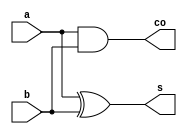
/*
 * \file halfAdder.v 
 * \author Jorge Castro-Godinez <jorge.castro-godinez@kit.edu>
 * Chair for Embedded Systems (CES)
 * Karlsruhe Institute of Technology (KIT), Germany
 * Prof. Dr. Joerg Henkel
 *
 * \brief Verilog implementation of a Half Adder (HA) 
 *
 */

module halfAdder (
    input a, 
    input b,
    output s,
    output co
	);

	// sum calculation
	assign s = a ^ b;
	//carry output array calculation
	assign co = a & b;

endmodule

/*
 * \file fullAdder.v 
 * \author Jorge Castro-Godinez <jorge.castro-godinez@kit.edu>
 * Chair for Embedded Systems (CES)
 * Karlsruhe Institute of Technology (KIT), Germany
 * Prof. Dr. Joerg Henkel
 *
 * \brief Verilog implementation of a Full Adder (FA) 
 *
 */

module fullAdder (
		input a, 
		input b,
		input ci,
		output s,
		output co
	);

	wire p,g;

	// propagation signal
	xor (p,a,b);
	// generation signal
	and (g,a,b);

	// sum calculation
	assign s = p ^ ci;
	//carry output array calculation
	assign co = g | (p & ci);

endmodule


module WT_8b(
    output [15:0] S,
    input [7:0] A, B
  );
  
  wire s00,s01,s02,s03,s04,s05,s06,s07,s10,s11,s12,s13,s14,s15,s16,s17,s20,s21,s22,s23,s24,s25,s26,s27,s30,s31,s32,s33,s34,s35,s36,s37,s40,s41,s42,s43,s44,s45,s46,s47,s50,s51,s52,s53,s54,s55,s56,s57,s60,s61,s62,s63,s64,s65,s66,s67,s70,s71,s72,s73,s74,s75,s76,s77;
  
  wire k01,k02,k03,k04,k05,k06,k07,k08,k09,k10,k11,k12,k13,k14,k15,k16,k17,k18,k19,k20,k21,k22,k23,k24,k25,k26,k27,k28,k29,k30,k31,k32,k33,k34,k35,k36,k37,k38,k39,k40,k41,k42,k43,k44,k45,k46,k47,k48,k49,k50,k51,k52,k53,k54,k55,k56,k57,k58,k59,k60,k61,k62,k63,k64,k65,k66,k67,k68;
  
  wire c01,c02,c03,c04,c05,c06,c07,c08,c09,c10,c11,c12,c13,c14,c15,c16,c17,c18,c19,c20,c21,c22,c23,c24,c25,c26,c27,c28,c29,c30,c31,c32,c33,c34,c35,c36,c37,c38,c39,c40,c41,c42,c43,c44,c45,c46,c47,c48,c49,c50,c51,c52,c53,c54,c55,c56,c57,c58,c59,c60,c61,c62,c63,c64,c65,c66,c67,c68;

  // Partial product generation
  assign s00 = A[0] & B[0];
  assign s10 = A[1] & B[0];
  assign s20 = A[2] & B[0];
  assign s30 = A[3] & B[0];
  assign s40 = A[4] & B[0];
  assign s50 = A[5] & B[0];
  assign s60 = A[6] & B[0];
  assign s70 = A[7] & B[0];

  assign s01 = A[0] & B[1];
  assign s11 = A[1] & B[1];
  assign s21 = A[2] & B[1];
  assign s31 = A[3] & B[1];
  assign s41 = A[4] & B[1];
  assign s51 = A[5] & B[1];
  assign s61 = A[6] & B[1];
  assign s71 = A[7] & B[1];

  assign s02 = A[0] & B[2];
  assign s12 = A[1] & B[2];
  assign s22 = A[2] & B[2];
  assign s32 = A[3] & B[2];
  assign s42 = A[4] & B[2];
  assign s52 = A[5] & B[2];
  assign s62 = A[6] & B[2];
  assign s72 = A[7] & B[2];

  assign s03 = A[0] & B[3];
  assign s13 = A[1] & B[3];
  assign s23 = A[2] & B[3];
  assign s33 = A[3] & B[3];
  assign s43 = A[4] & B[3];
  assign s53 = A[5] & B[3];
  assign s63 = A[6] & B[3];
  assign s73 = A[7] & B[3];

  assign s04 = A[0] & B[4];
  assign s14 = A[1] & B[4];
  assign s24 = A[2] & B[4];
  assign s34 = A[3] & B[4];
  assign s44 = A[4] & B[4];
  assign s54 = A[5] & B[4];
  assign s64 = A[6] & B[4];
  assign s74 = A[7] & B[4];

  assign s05 = A[0] & B[5];
  assign s15 = A[1] & B[5];
  assign s25 = A[2] & B[5];
  assign s35 = A[3] & B[5];
  assign s45 = A[4] & B[5];
  assign s55 = A[5] & B[5];
  assign s65 = A[6] & B[5];
  assign s75 = A[7] & B[5];

  assign s06 = A[0] & B[6];
  assign s16 = A[1] & B[6];
  assign s26 = A[2] & B[6];
  assign s36 = A[3] & B[6];
  assign s46 = A[4] & B[6];
  assign s56 = A[5] & B[6];
  assign s66 = A[6] & B[6];
  assign s76 = A[7] & B[6];

  assign s07 = A[0] & B[7];
  assign s17 = A[1] & B[7];
  assign s27 = A[2] & B[7];
  assign s37 = A[3] & B[7];
  assign s47 = A[4] & B[7];
  assign s57 = A[5] & B[7];
  assign s67 = A[6] & B[7];
  assign s77 = A[7] & B[7];

  //Stage zero
  halfAdder ha00(s01,s10,k01,c01);
  fullAdder fa00(s20,s02,s11,k02,c02);
  fullAdder fa01(s30,s21,s12,k03,c03);
  fullAdder fa02(s40,s31,s22,k04,c04);
  halfAdder ha01(s13,s04,k05,c05);
  fullAdder fa03(s50,s41,s32,k06,c06);
  fullAdder fa04(s23,s14,s05,k07,c07);
  fullAdder fa05(s60,s51,s42,k08,c08);
  fullAdder fa06(s33,s24,s15,k09,c09);
  fullAdder fa07(s70,s61,s52,k10,c10);
  fullAdder fa08(s43,s34,s25,k11,c11);
  halfAdder ha02(s16,s07,k12,c12);
  fullAdder fa09(s71,s62,s53,k13,c13);
  fullAdder fa90(s44,s35,s26,k14,c14);
  fullAdder fa31(s72,s63,s54,k15,c15);
  fullAdder fa32(s45,s36,s27,k16,c16);
  fullAdder fa33(s73,s64,s55,k17,c17);
  halfAdder ha03(s46,s37,k18,c18);
  fullAdder fa34(s74,s65,s56,k19,c19);
  fullAdder fa35(s75,s66,s57,k20,c20);
  halfAdder ha04(s76,s67,k21,c21);

  //Stage one
  halfAdder ha10(k02,c01,k22,c22);
  fullAdder fa10(s03,c02,k03,k23,c23);
  fullAdder fa11(k04,k05,c03,k24,c24);
  fullAdder fa12(k06,k07,c04,k25,c25);
  fullAdder fa13(k08,k09,s06,k26,c26);
  halfAdder ha11(c06,c07,k27,c27);
  fullAdder fa14(k10,k11,k12,k28,c28);
  halfAdder ha12(c08,c09,k29,c29);
  fullAdder fa15(k13,k14,s17,k30,c30);
  fullAdder fa16(c10,c11,c12,k31,c31);
  fullAdder fa17(k15,k16,c13,k32,c32);
  fullAdder fa18(k17,k18,c15,k33,c33);
  fullAdder fa19(k19,c17,c18,k34,c34);
  halfAdder ha13(k20,c19,k35,c35);
  halfAdder ha14(k21,c20,k36,c36);

  //Stage two
  halfAdder ha40(k23,c22,k37,c37);
  halfAdder ha41(c23,k24,k38,c38);
  fullAdder fa40(c24,k25,c05,k39,c39);
  fullAdder fa41(c25,k26,k27,k40,c40);
  fullAdder fa42(c26,c27,k28,k41,c41);
  fullAdder fa43(c28,c29,k30,k42,c42);
  fullAdder fa44(c30,c31,k32,k43,c43);
  fullAdder fa45(c32,c16,k33,k44,c44);
  fullAdder fa46(c33,s47,k34,k45,c45);
  halfAdder ha42(k35,c34,k46,c46);
  halfAdder ha43(c35,k36,k47,c47);
  fullAdder fa47(s77,c21,c36,k48,c48);

  //Stage three
  halfAdder ha50(c37,k38,k49,c49);
  fullAdder fa50(k39,c38,c49,k50,c50);
  fullAdder fa51(k40,c39,c50,k51,c51);
  fullAdder fa52(c40,k41,k29,k52,c52);
  fullAdder fa53(c41,k31,k42,k53,c53);
  fullAdder fa54(c14,c42,k43,k54,c54);
  fullAdder fa55(k44,c43,c54,k55,c55);
  fullAdder fa56(c44,k45,c55,k56,c56);
  fullAdder fa57(k46,c45,c56,k57,c57);
  fullAdder fa58(c46,k47,c57,k58,c58);
  fullAdder fa59(k48,c47,c58,k59,c59);

  //Stage four
  halfAdder ha70(c51,k52,k60,c60);
  fullAdder fa70(c52,k53,c60,k61,c61);
  fullAdder fa71(c53,k54,c61,k62,c62);
  halfAdder ha71(k55,c62,k63,c63);
  halfAdder ha72(k56,c63,k64,c64);
  halfAdder ha73(k57,c64,k65,c65);
  halfAdder ha74(k58,c65,k66,c66);
  halfAdder ha75(k59,c66,k67,c67);
  fullAdder fa81(c48,c59,c67,k68,c68);

  assign S[0] = s00;
  assign S[1] = k01;
  assign S[2] = k22;
  assign S[3] = k37;
  assign S[4] = k49;
  assign S[5] = k50;
  assign S[6] = k51;
  assign S[7] = k60;
  assign S[8] = k61;
  assign S[9] = k62;
  assign S[10] = k63;
  assign S[11] = k64;
  assign S[12] = k65;
  assign S[13] = k66;
  assign S[14] = k67;
  assign S[15] = k68 | c68;

endmodule